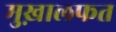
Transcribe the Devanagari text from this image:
मुख़ालफत